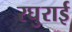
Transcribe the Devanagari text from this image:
रघुराई